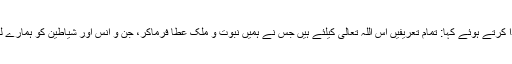
حضرت داؤد اور حضرت سلیمان عَلَیْہِمَا الصَّلٰوۃُ وَالسَّلَام نے اس کا شکر ادا کرتے ہوئے کہا: تمام تعریفیں اس اللہ تعالٰی کیلئے ہیں جس نے ہمیں نبوت و ملک عطا فرماکر، جن و اِنس اور شَیاطین کو ہمارے لئے مُسَخّر کرکے اپنے بہت سے ایمان والے بندوں پر ہمیں فضیلت بخشی۔